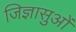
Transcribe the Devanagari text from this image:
जिज्ञासुओं